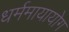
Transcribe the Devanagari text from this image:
धर्ममायायोग